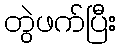
တွဲဖက်ပြီး